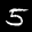
Label: 5